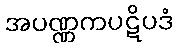
အပဏ္ဏကပဋိပဒံ